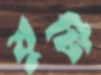
যুটি